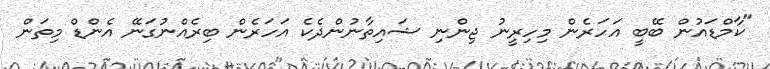
"ކާމްޑައުން ބޭބީ އަހަރެން މިހިރީނު ޖިންނި ޝައިތާނުންދެކެ އަހަރެން ބިރެއްނުގަނޭ އެންޑް މިތަން